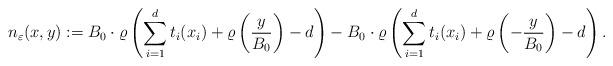
LaTeX: \begin{align*} n_\varepsilon(x,y) := B_0 \cdot \varrho\left(\sum_{i = 1}^d t_i(x_i) + \varrho \left(\frac{y}{ B_0}\right) - d\right) - B_0 \cdot \varrho\left(\sum_{i=1}^d t_i (x_i) + \varrho\left(- \frac{y}{B_0}\right) - d\right). \end{align*}